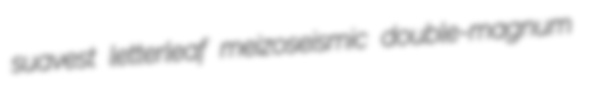
suavest letterleaf meizoseismic double-magnum